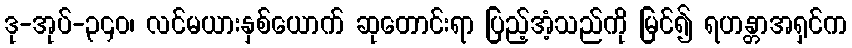
ဒု-အုပ်-၃၄၀၊ လင်မယားနှစ်ယောက် ဆုတောင်းရာ ပြည့်အံ့သည်ကို မြင်၍ ရဟန္တာအရှင်က